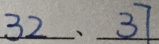
3 2 、 3 7